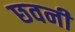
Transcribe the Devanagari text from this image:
छवनी